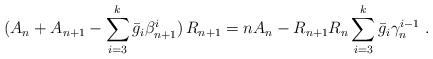
LaTeX: \begin{align*}(A_n+A_{n+1}-\sum_{i=3}^k\bar{g}_i \beta^i_{n+1})\,R_{n+1}=nA_n-R_{n+1}R_n\sum_{i=3}^k\bar{g}_i\gamma_n^{i-1} \ .\end{align*}